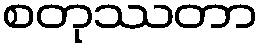
စတုဿတာ